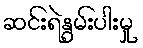
ဆင်းရဲနွမ်းပါးမှု